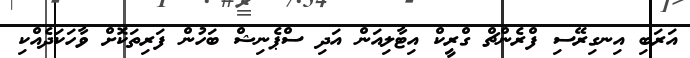
އަރަބި އިނގިރޭސި ފްރެންޗް ގްރީކް އިޓާލިއަން އަދި ސްޕެނިޝް ބަހުން ފަރިތަކޮށް ވާހަކަދެއްކި